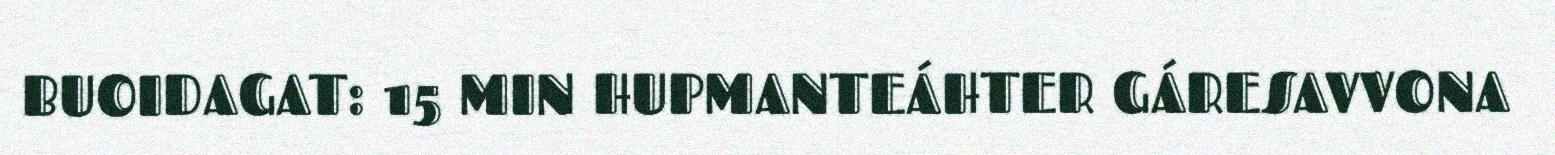
BUOIDAGAT: 15 MIN HUPMANTEÁHTER GÁRESAVVONA